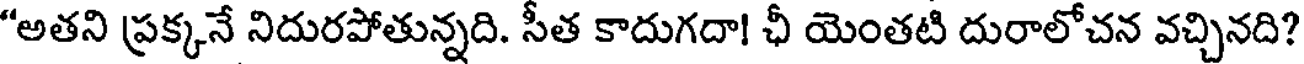
"అతని ప్రక్కనే నిదురపోతున్నది. సీత కాదుగదా! ఛీ యెంతటి దురాలోచన వచ్చినది?